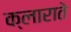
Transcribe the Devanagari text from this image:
क्लाराते